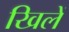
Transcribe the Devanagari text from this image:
खिलें